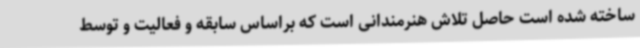
ساخته شده است حاصل تلاش هنرمندانی است که براساس سابقه و فعالیت و توسط